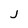
Character: j